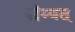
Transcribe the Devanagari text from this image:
संम्वत्